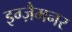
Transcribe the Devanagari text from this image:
इग्ज़ैमनर